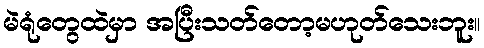
မဲရုံတွေထဲမှာ အပြီးသတ်တော့မဟုတ်သေးဘူး။